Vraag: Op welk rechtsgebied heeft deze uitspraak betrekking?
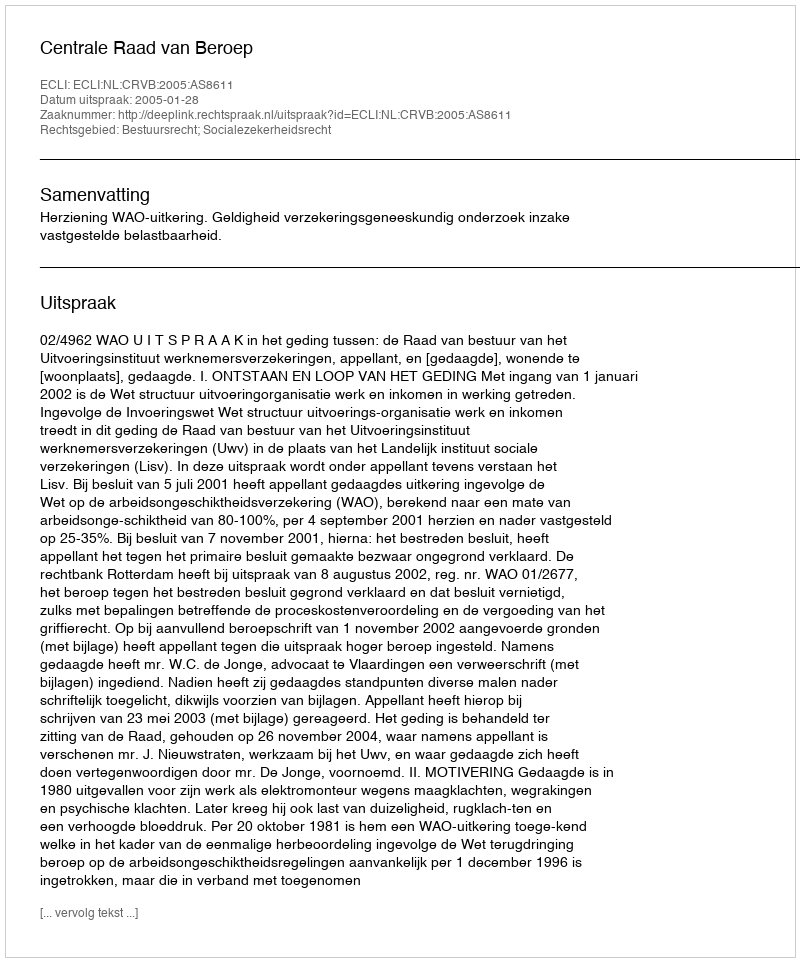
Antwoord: Bestuursrecht; Socialezekerheidsrecht